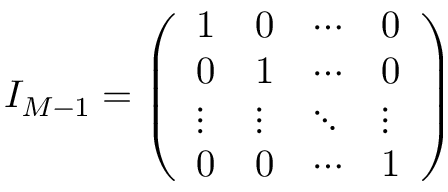
I _ { M - 1 } = \left( \begin{array} { l l l l } { 1 } & { 0 } & { \cdots } & { 0 } \\ { 0 } & { 1 } & { \cdots } & { 0 } \\ { \vdots } & { \vdots } & { \ddots } & { \vdots } \\ { 0 } & { 0 } & { \cdots } & { 1 } \end{array} \right)